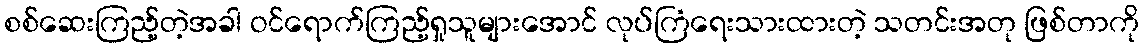
စစ်ဆေးကြည့်တဲ့အခါ ဝင်ရောက်ကြည့်ရှုသူများအောင် လုပ်ကြံရေးသားထားတဲ့ သတင်းအတု ဖြစ်တာကို